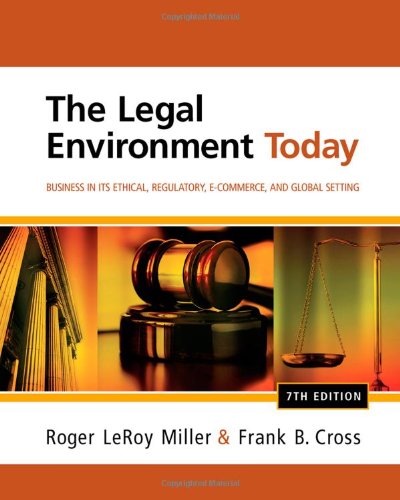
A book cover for The Legal Environment Today: Business In Its Ethical, Regulatory, E-Commerce, and Global Setting; Roger LeRoy Miller; Computers & Technology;